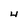
Character: 4